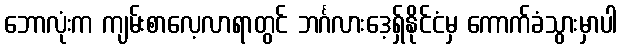
ဘောလုံးက ကျမ်းစာလေ့လာရာတွင် ဘင်္ဂလားဒေ့ရှ်နိုင်ငံမှ ကောက်ခံသွားမှာပါ